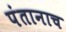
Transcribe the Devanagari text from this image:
पंतानाच